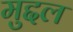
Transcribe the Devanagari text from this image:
मुद्दल